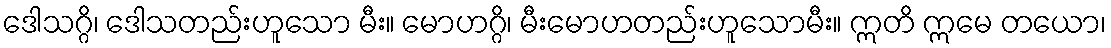
ဒေါသဂ္ဂိ၊ ဒေါသတည်းဟူသော မီး။ မောဟဂ္ဂိ၊ မီးမောဟတည်းဟူသောမီး။ ဣတိ ဣမေ တယော၊